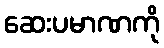
ဆေးပမာဏကို